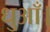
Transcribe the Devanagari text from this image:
धुआँ।